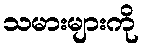
သမားများကို